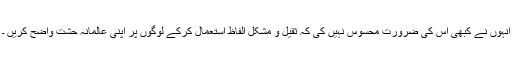
انہوں نے کبھی اس کی ضرورت محسوس نہیں کی کہ ثقیل و مشکل الفاظ استعمال کرکے لوگوں پر اپنی عالمانہ حشت واضح کریں ۔